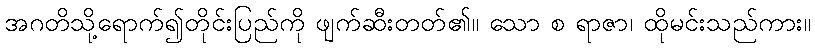
အဂတိသို့ရောက်၍တိုင်းပြည်ကို ဖျက်ဆီးတတ်၏။ သော စ ရာဇာ၊ ထိုမင်းသည်ကား။